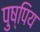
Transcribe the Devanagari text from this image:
पुष्पिय